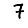
Digit: 7